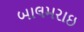
બાલમરાઇ